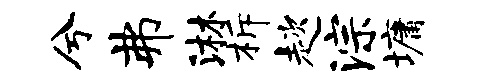
兮弗淋柝趑淙墉